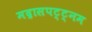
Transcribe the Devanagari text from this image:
मद्रासपट्ट्नम